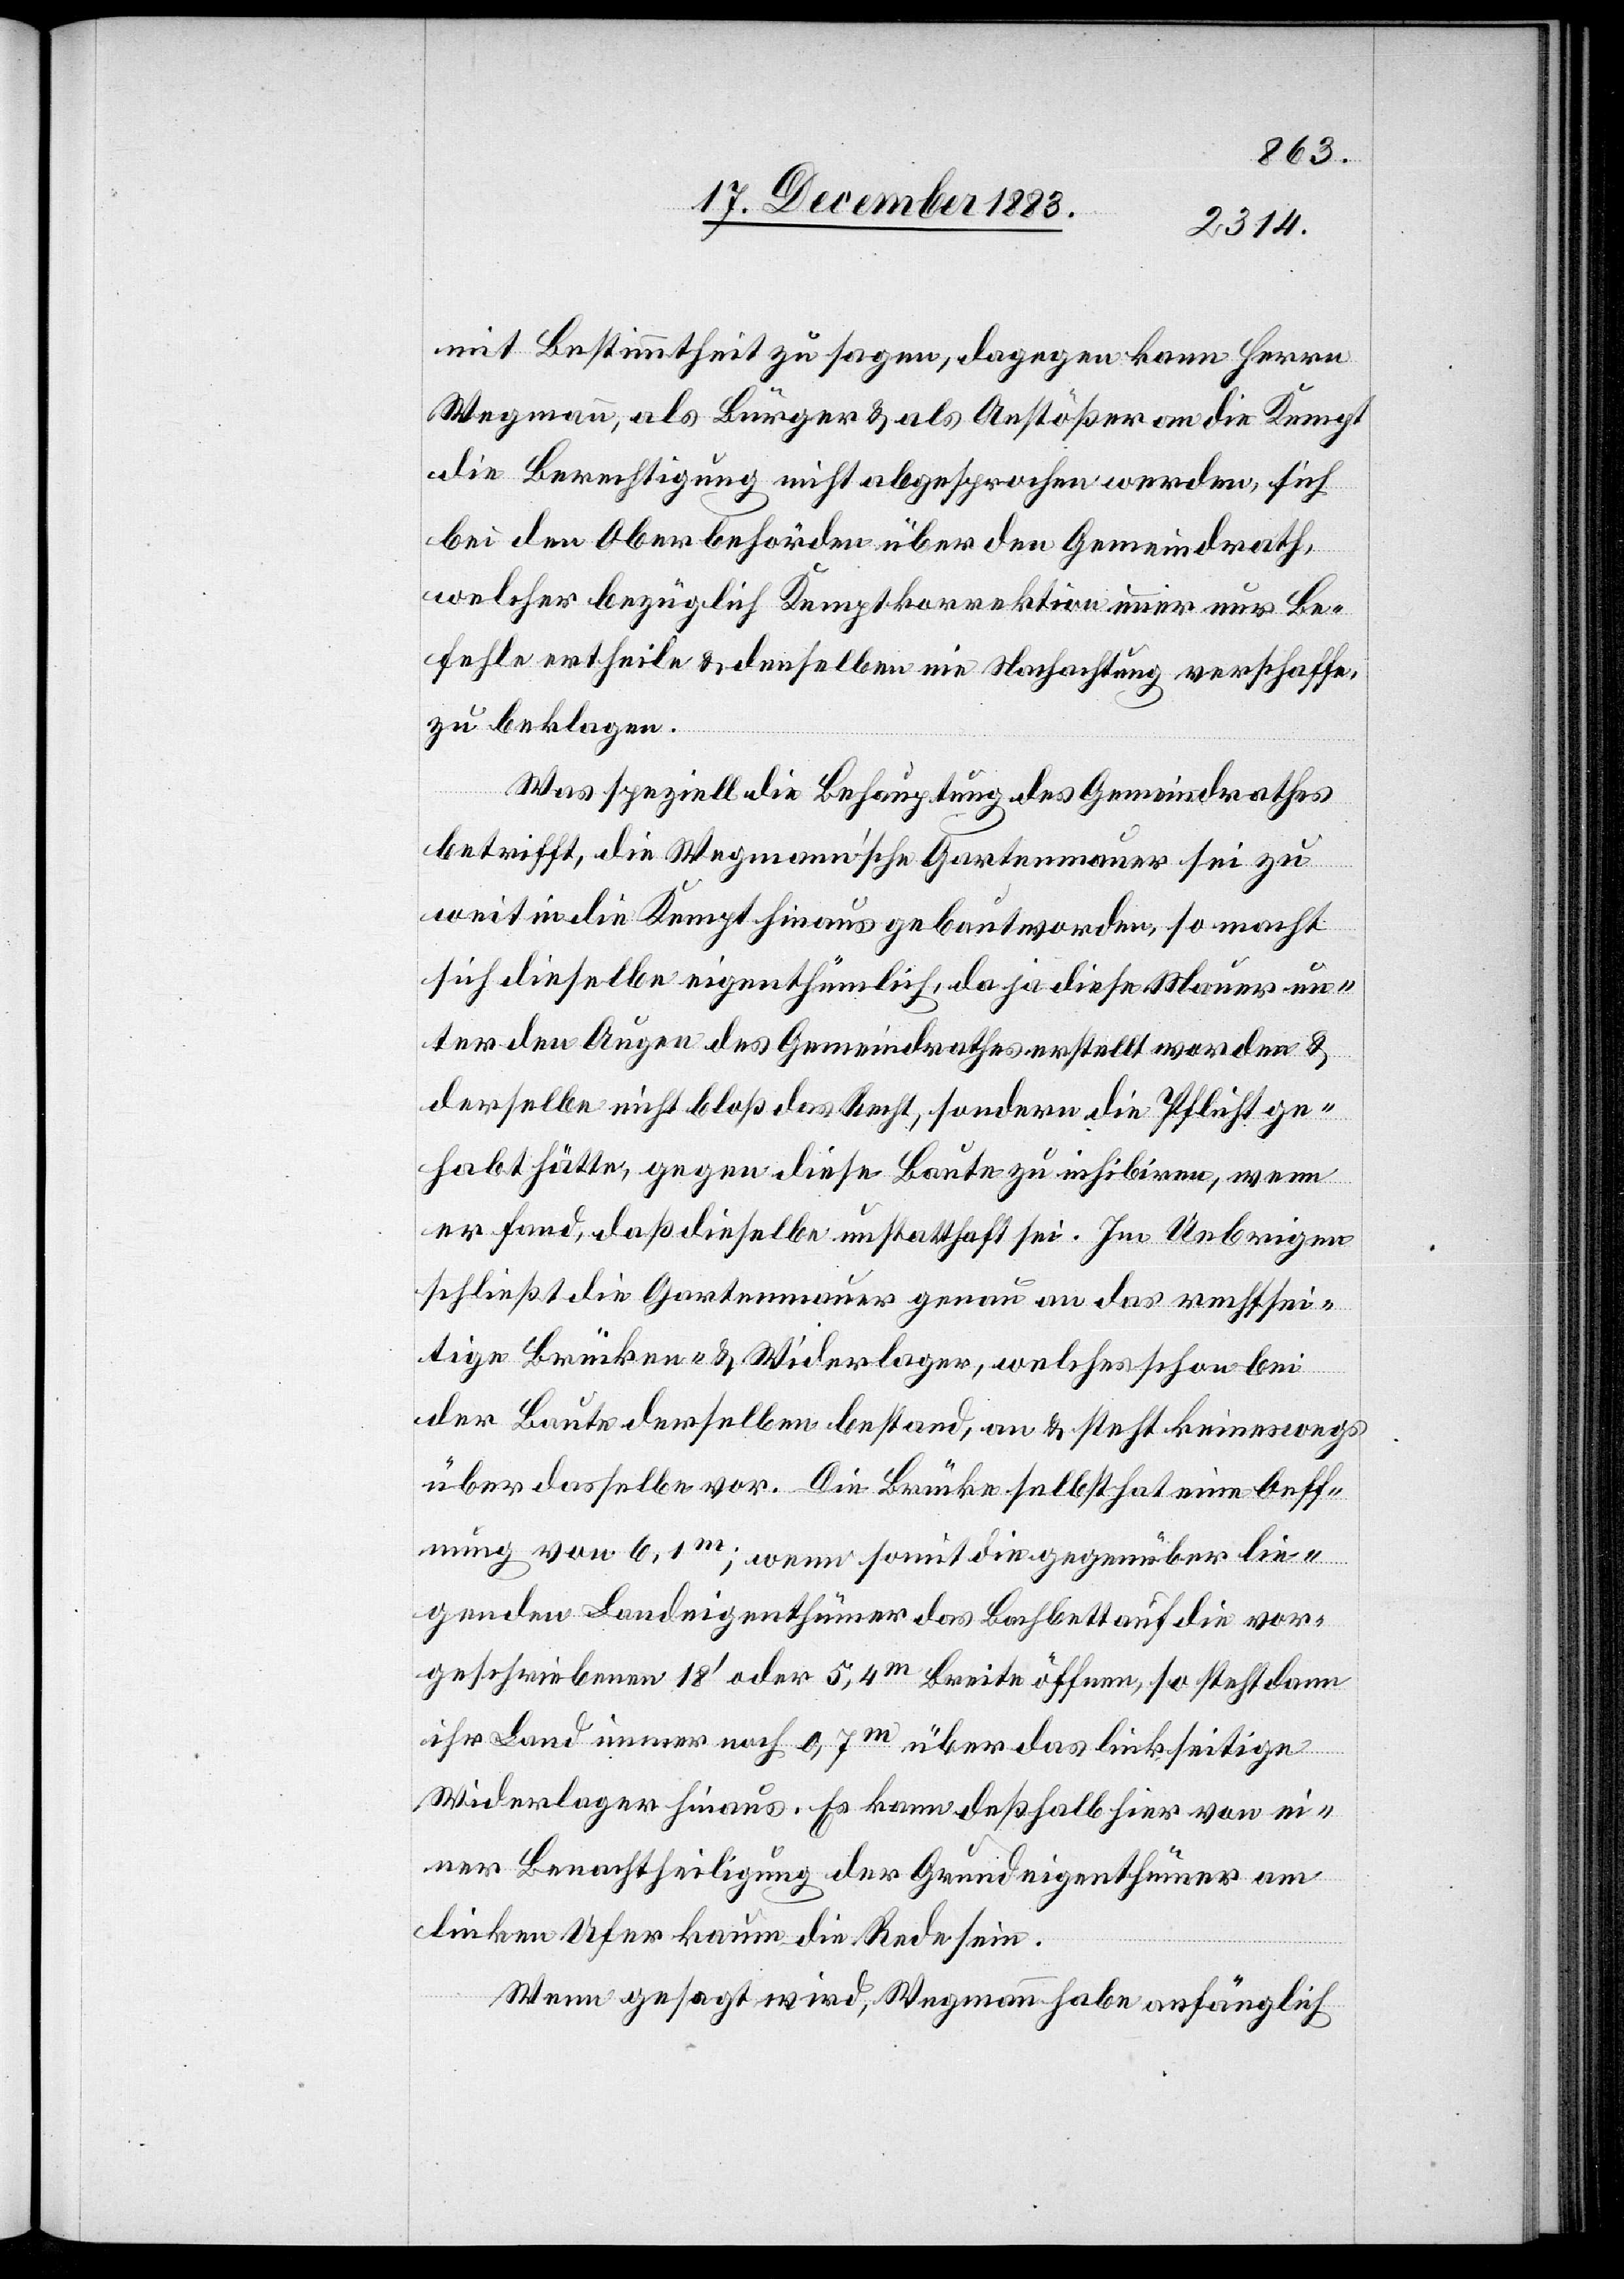
mit Bestimmtheit zu sagen, dagegen kann Herrn
Wegmann, als Bürger & als Anstößer an die Kempt
die Berechtigung nicht abgesprochen werden, sich
bei den Oberbehörden über den Gemeindrath,
welcher bezüglich Kemptkorrektion immer nur Be¬
fehle ertheile & denselben nie Nachachtung verschaffe
zu beklagen.
Was speziell die Behauptung des Gemeindrathes
betrifft, die Wegmann’sche Gartenmauer sei zu
weit in die Kempt hinaus gebaut worden, so macht
sich dieselbe eigenthümlich, da ja diese Mauer un¬
ter den Augen des Gemeindrathes erstellt worden &
derselben nicht bloß das Recht, sondern die Pflicht ge¬
habt hätte, gegen diese Baute zu inhibiren, wenn
er fand, daß dieselbe unstatthaft sei. Im Uebrigen
schließt die Gartenmauer genau an das rechtsei¬
tige Brücken- & Widerlager, welches schon bei
der Baute derselben bestand, an & steht keineswegs
über dasselbe vor. Die Brücke selbst hat eine Oeff¬
nung von 6,1m; wenn somit die gegenüber lie¬
genden Landeigenthümer das Bachbett auf die vor¬
geschriebenen 18‘ oder 5,4m Breite öffnen, so steht dann
ihr Land immer noch 0,7m über das linkseitige
Widerlager hinaus. Es kann deßhalb hier von ei¬
ner Benachtheiligung der Grundeigenthümer am
linken Ufer kaum die Rede sein.
Wenn gesagt wird, Wegmann habe anfänglich